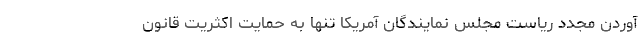
آوردن مجدد ریاست مجلس نمایندگان آمریکا تنها به حمایت اکثریت قانون